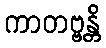
ကာတဗ္ဗန္တိ